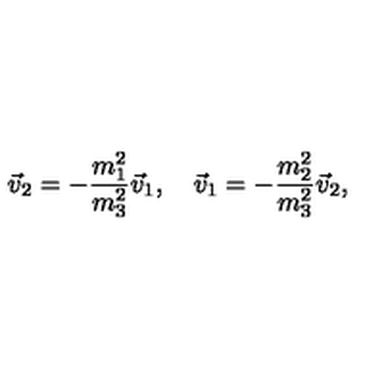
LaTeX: \vec { v } _ { 2 } = - \frac { m _ { 1 } ^ { 2 } } { m _ { 3 } ^ { 2 } } \vec { v } _ { 1 } , \quad \vec { v } _ { 1 } = - \frac { m _ { 2 } ^ { 2 } } { m _ { 3 } ^ { 2 } } \vec { v } _ { 2 } ,